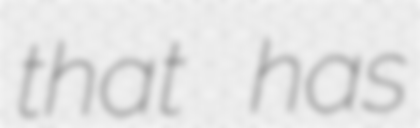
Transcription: that has